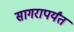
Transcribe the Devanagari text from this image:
सागरापर्यंत